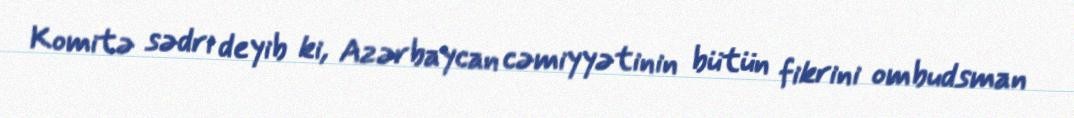
Komitə sədri deyib ki, Azərbaycan cəmiyyətinin bütün fikrini ombudsman